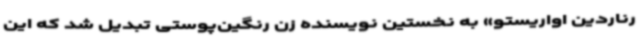
رناردین اواریستو» به نخستین نویسنده زن رنگین‌پوستی تبدیل شد که این